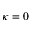
\kappa = 0